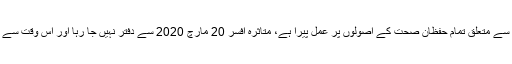
ترجمان کا کہنا ہے کہ ڈویژن کورونا وائرس سے متعلق تمام حفظانِ صحت کے اصولوں پر عمل پیرا ہے، متاثرہ افسر 20 مارچ 2020 سے دفتر نہیں جا رہا اور اس وقت سے محکمے میں ایک بھی کیس رپورٹ نہیں ہوا۔